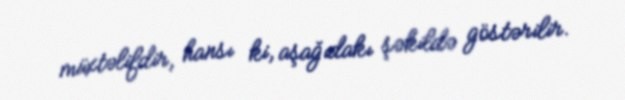
müxtəlifdir, hansı ki, aşağıdakı şəkildə göstərilir.